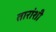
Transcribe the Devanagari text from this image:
तारांशी